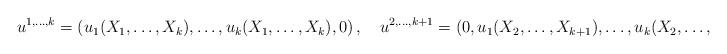
LaTeX: \begin{align*}\begin{aligned}u^{1,\dots,k}&=\left(u_1(X_1,\dots,X_k),\dots,u_k(X_1,\dots,X_k),0\right),\ & u^{2,\dots,k+1}&=\left(0,u_1(X_2,\dots,X_{k+1}),\dots,u_k(X_2,\dots,X_{k+1})\right).\end{aligned}\end{align*}